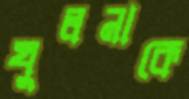
খুলনাকে